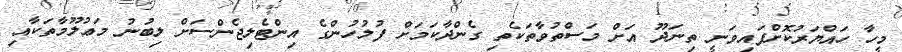
މީހާ ހައްޔަރުކޮށްފައިވަނީ ތިނަދޫ އަށް މަސްތުވާތަކެތި ގެންދާކަމަށް ފުލުހުންގެ އިންޓެލިޖެންސަށް ލިބުނު މަޢުލޫމާތަކާއި